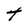
Character: t